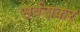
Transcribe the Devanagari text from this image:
सर्वराकर